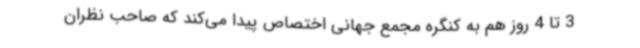
3 تا 4 روز هم‌ به کنگره مجمع جهانی اختصاص پیدا می‌کند که صاحب نظران